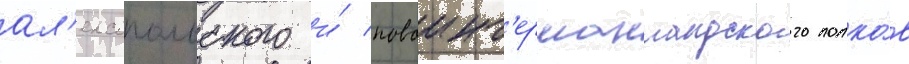
ал'ексопольского и́ новоинг'ерманландского полко́в